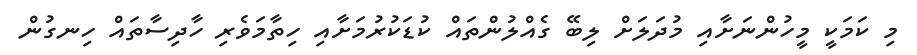
މި ކަމަކީ މީހުންނަށާއި މުދަލަށް ލިބޭ ގެއްލުންތައް ކުޑަކުރުމަށާއި ހިތާމަވެރި ހާދިސާތައް ހިނގުން